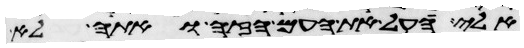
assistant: אלי העל את העם הזה ואתה לא